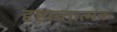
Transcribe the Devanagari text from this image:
दृष्टान्तात्मक